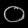
Digit: ၀